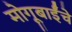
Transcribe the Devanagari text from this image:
मोगूबाईंचे